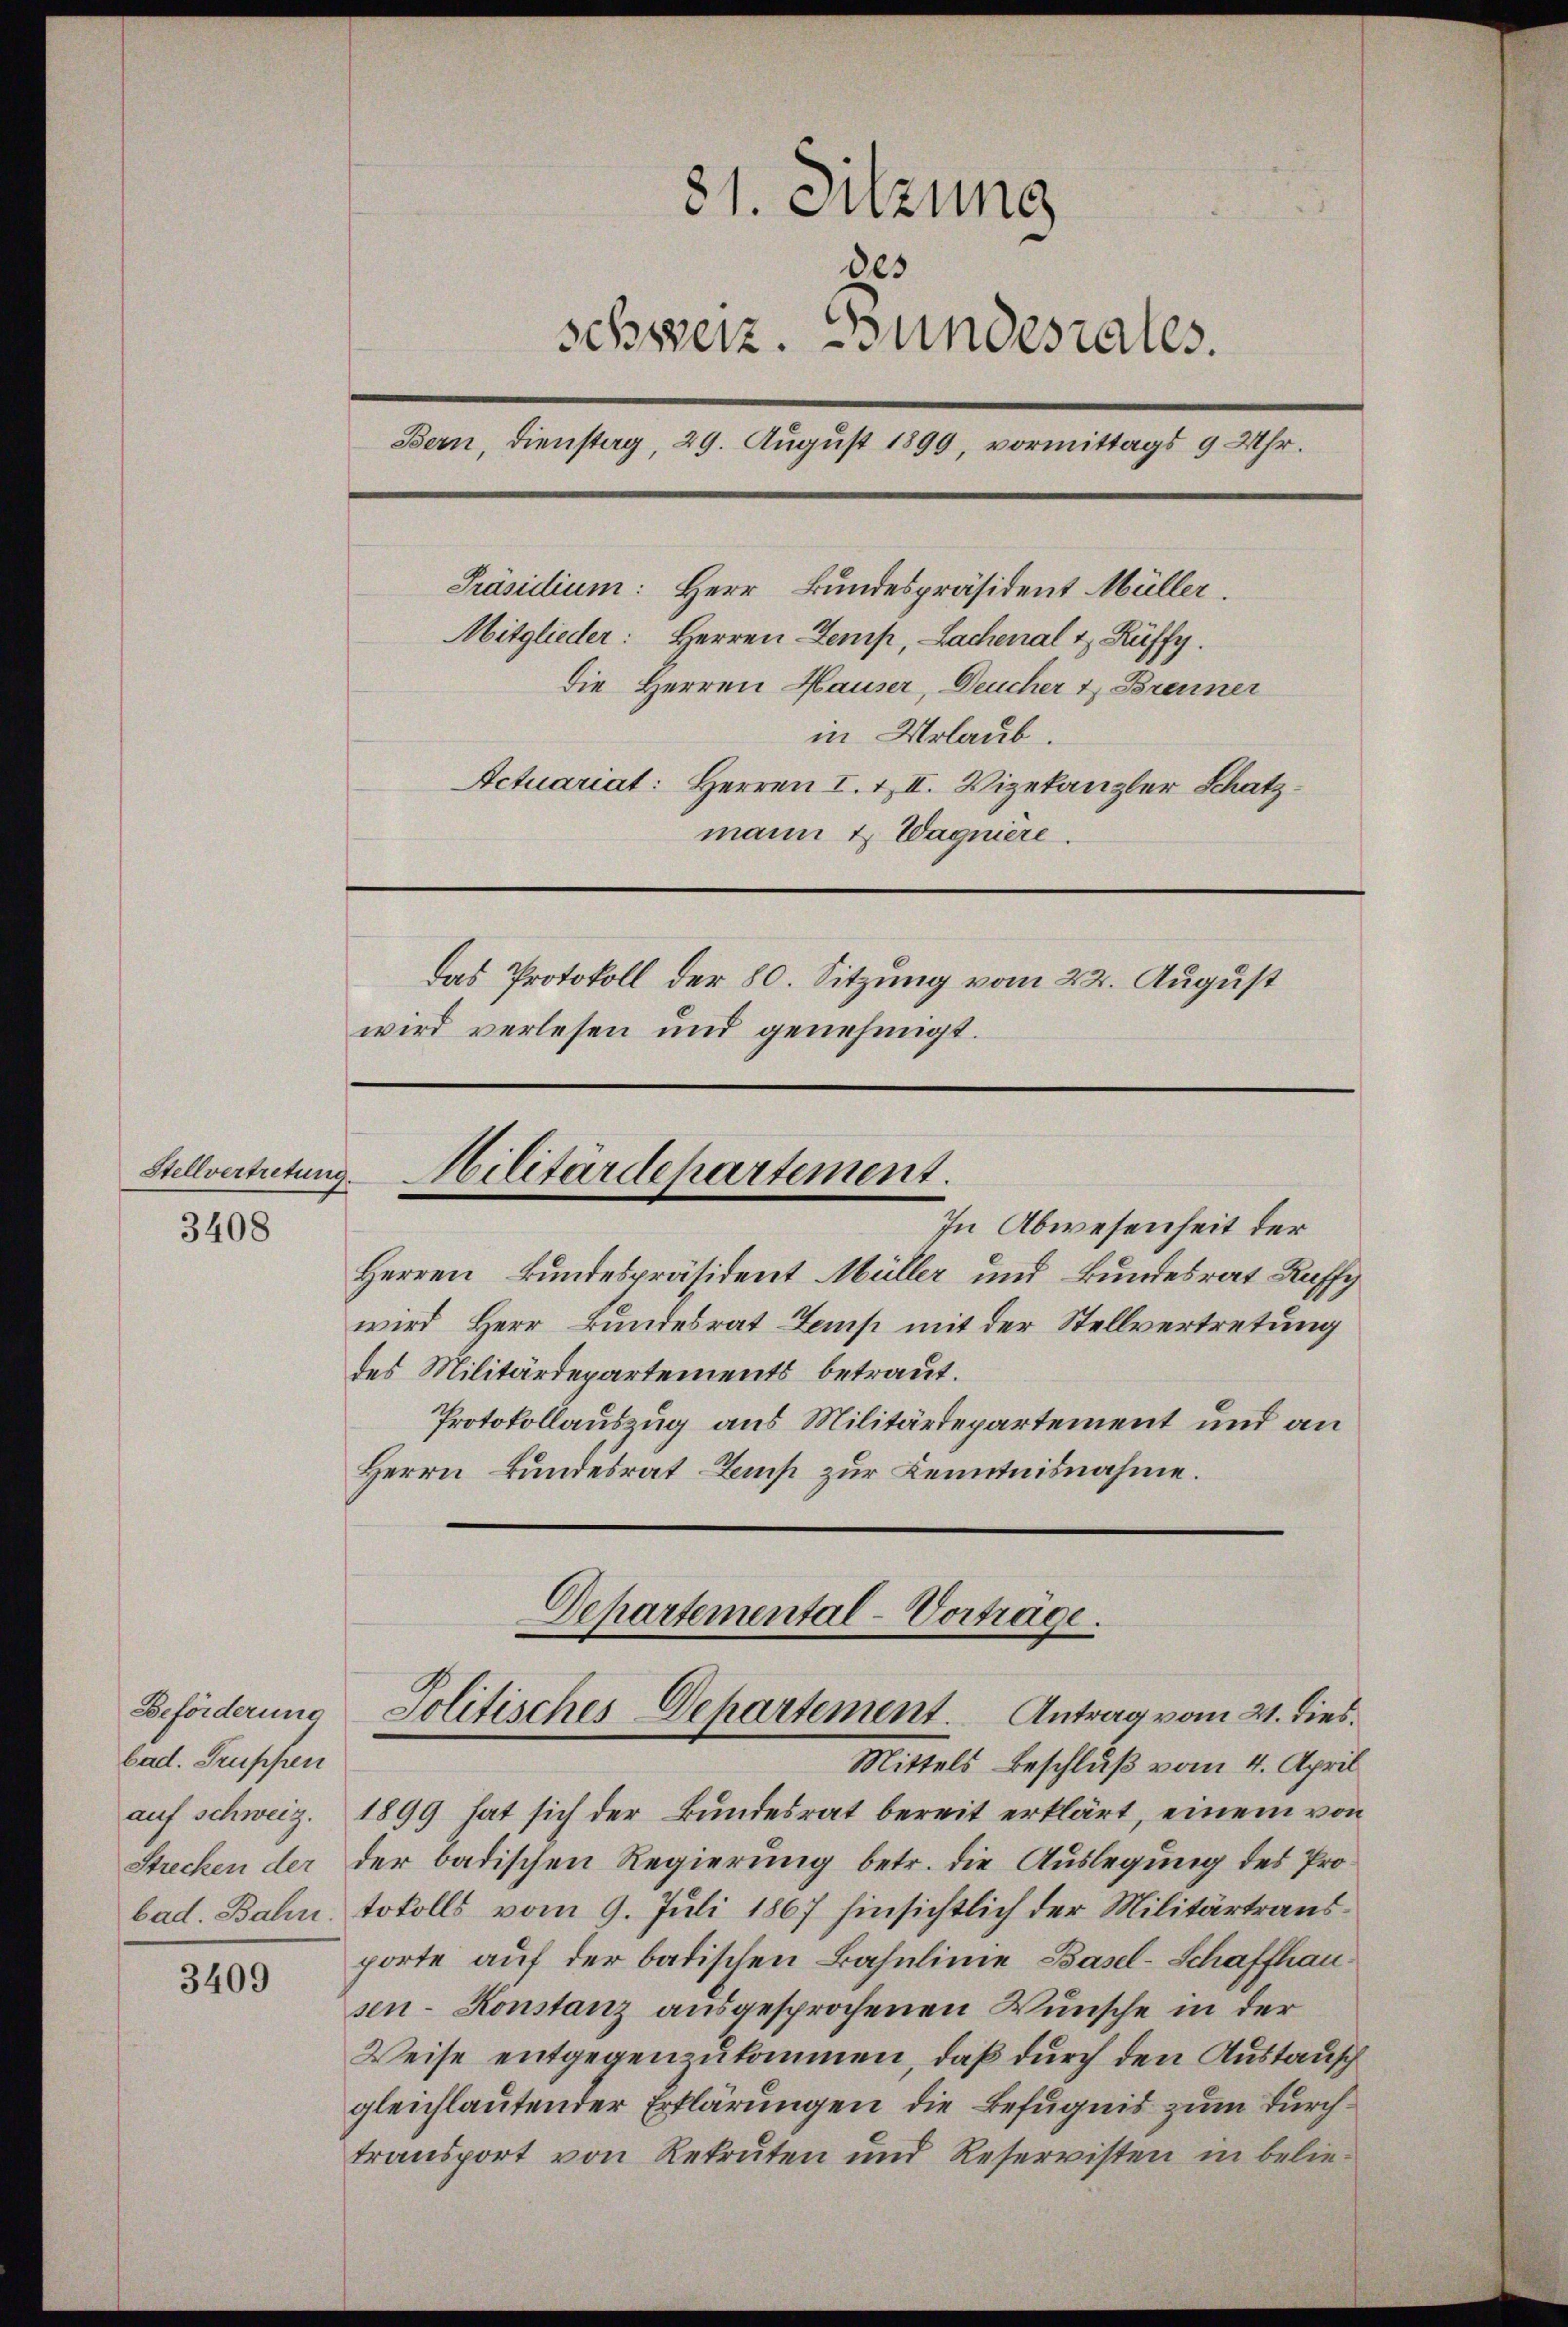
Stellvertretung
3408

Beförderung
bad. Gruppen

3409

81. Sitzung
des
schweiz. Bundesrates.
Bern, Dienstag, 29. August 1890, vormittags 9 Uhr.
Präsidium: Herr Bundespräsident Müller.
Mitglieder: Herren Temp, Lachenal & Rüffy.
die Herren Hauser, Deucher & Brenner
in Urlaub.
Actuariat: Herren I. & II. Vizekanzler Schatzmann & Wagniere
das Protokoll der 80. Sitzung vom 22. August
wird verlesen und genehmigt.

In Abwesenheit der
Herren Bundespräsident Müller und Bundesrat Ruffi
wird Herr Bundesrat Lamp mit der Stellvertretung
des Militärdepartements betraut.
Protokollauszug aus Militärdepartement und an
Herrn Bundesrat Lamp zur Kenntnisnahme.

Hilitärdepartement.

Departemental-Vorträge.
Jolitisches Departement. Antrag vom 21. dies

Mittels Beschluß vom 4. April
auf schweiz. 1899 hat sich der Bundesrat bereit erklärt, einem von
Strecken der der badischen Regierung betr. die Auslegung des Probad. Bahn, tokolls vom 9. Juli 1867 hinsichtlich der Militärtrausporte auf der badischen Bahnlinie Basel-Schaffhausen-Konstanz ausgesprochenen Wunsche in der
Weise entgegenzukommen, daß durch den Austausch
gleichlautender Erklärungen die Befugnis zum Durchtransport von Rekruten und Reservisten in belie¬